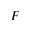
F